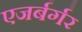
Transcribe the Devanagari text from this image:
एजर्बर्गर